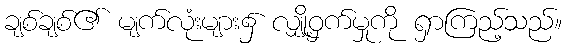
ချစ်ချစ်၏ မျက်လုံးများ၌ လျှို့ဝှက်မှုကို ရှာကြည့်သည်။